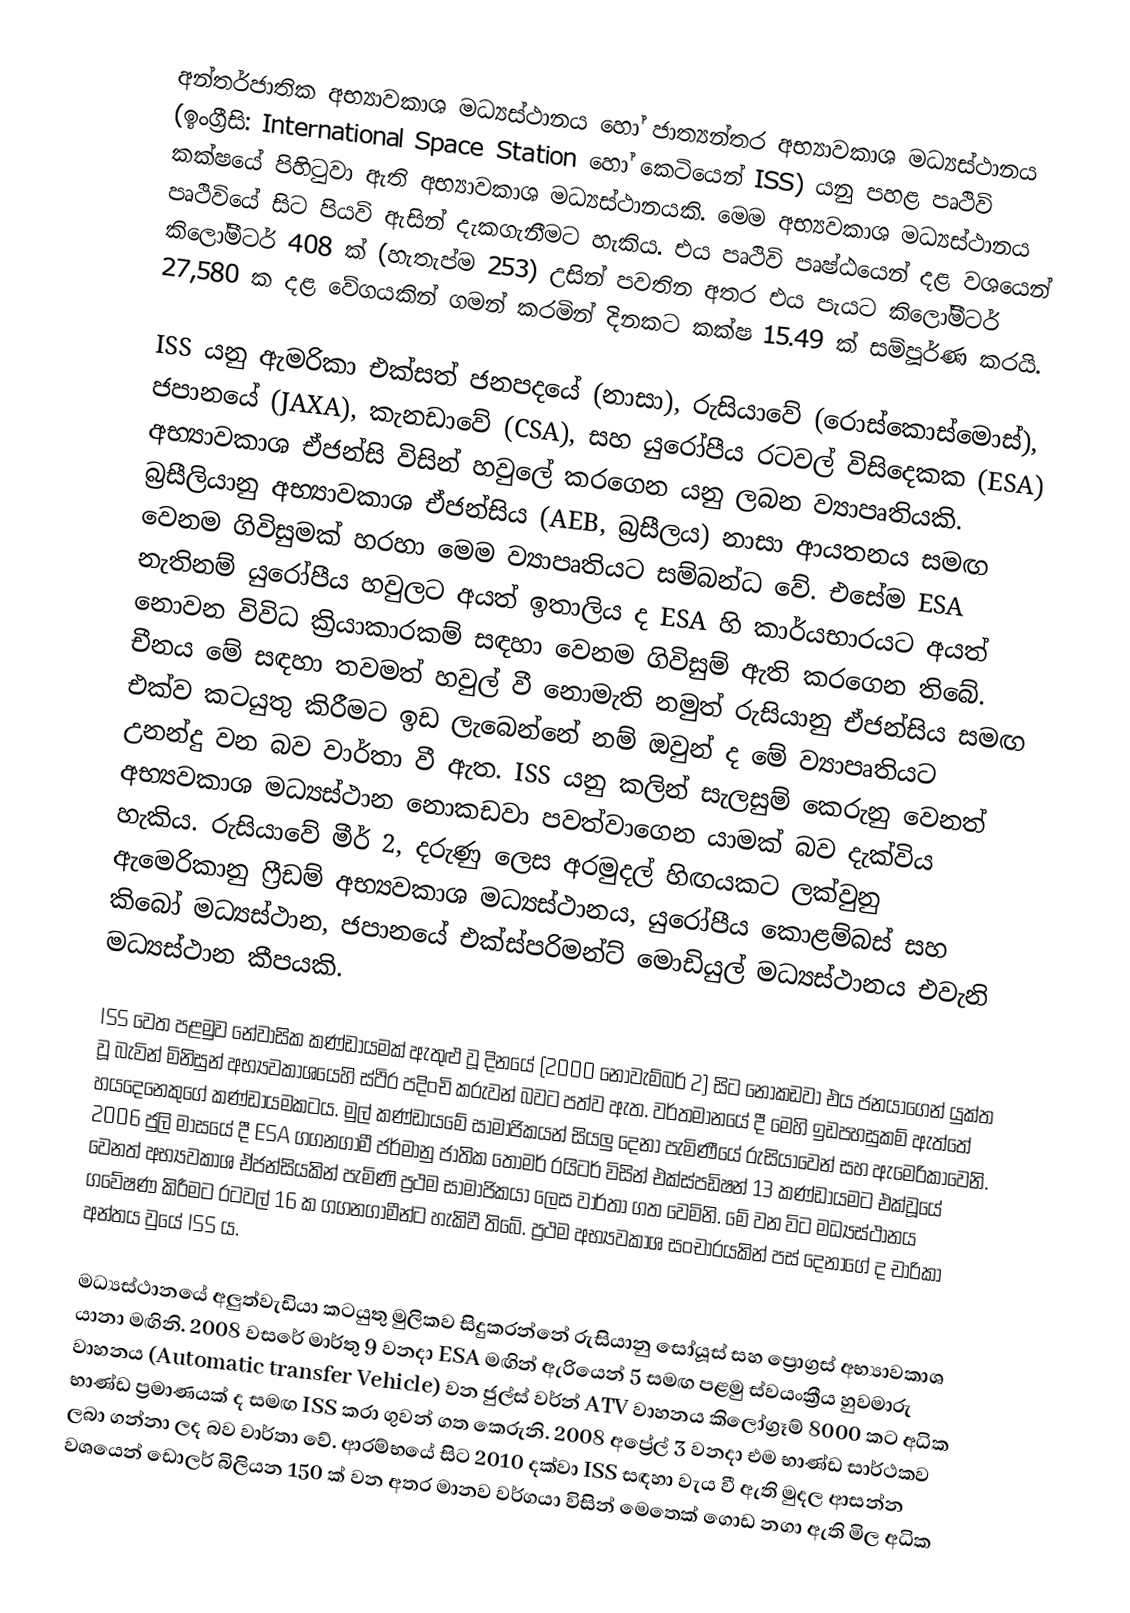
අන්තර්ජාතික අභ්‍යාවකාශ මධ්‍යස්ථානය හෝ ජාත්‍යන්තර අභ්‍යාවකාශ මධ්‍යස්ථානය (ඉංග්‍රීසි: International Space Station හෝ කෙටියෙන් ISS) යනු පහළ පෘථිවි කක්ෂයේ පිහිටුවා ඇති අභ්‍යාවකාශ මධ්‍යස්ථානයකි. මෙම අභ්‍යවකාශ මධ්‍යස්ථානය පෘථිවියේ සිට පියවි ඇසින් ‍දැකගැනීමට හැකිය. එය පෘථිවි පෘෂ්ඨයෙන් දළ වශයෙන් කිලෝමීටර් 408 ක් (හැතැප්ම 253) උසින් පවතින අතර එය පැයට කිලෝමීටර් 27,580 ක දළ වේගයකින් ගමන් කරමින් දිනකට කක්ෂ 15.49 ක් සම්පූර්ණ කරයි.

ISS යනු ඇමරිකා එක්සත් ජනපදයේ (නාසා), රුසියාවේ (රොස්කොස්මොස්), ජපානයේ (JAXA), කැනඩාවේ (CSA), සහ යුරෝපීය රටවල් විසිදෙකක (ESA) අභ්‍යාවකාශ ඒජන්සි විසින් හවුලේ කරගෙන යනු ලබන ව්‍යාපෘතියකි. බ්‍රසීලියානු අභ්‍යාවකාශ ඒජන්සිය (AEB, බ්‍රසීලය) නාසා ආයතනය සමඟ වෙනම ගිවිසුමක් හරහා මෙම ව්‍යාපෘතියට සම්බන්ධ වේ. එසේම ESA නැතිනම් යුරෝපීය හවුලට අයත් ඉතාලිය ද ESA හි කාර්යභාරයට අයත් නොවන විවිධ ක්‍රියාකාරකම් සඳහා වෙනම ගිවිසුම් ඇති කරගෙන තිබේ. චීනය මේ සඳහා තවමත් හවුල් වී නොමැති නමුත් රුසියානු ඒජන්සිය සමඟ එක්ව කටයුතු කිරීමට ඉඩ ලැබෙන්නේ නම් ඔවුන් ද මේ ව්‍යාපෘතියට උනන්දු වන බව වාර්තා වී ඇත. ISS යනු කලින් සැලසුම් කෙරුනු වෙනත් අභ්‍යවකාශ මධ්‍යස්ථාන ‍නොකඩවා පවත්වාගෙන යාමක් බව දැක්විය හැකිය. රුසියාවේ මීර් 2, දරුණු ලෙස අරමුදල් හිඟයකට ලක්වුනු ඇමෙරිකානු ෆ්‍රීඩම් අභ්‍යවකාශ මධ්‍යස්ථානය, යුරෝපීය කොළම්බස් සහ කිබෝ මධ්‍යස්ථාන, ජපානයේ එක්ස්පරිමන්ට් මොඩියුල් මධ්‍යස්ථානය එවැනි මධ්‍යස්ථාන කීපයකි.

ISS වෙත පළමුව නේවාසික කණ්ඩායමක් ඇතුළු වූ දිනයේ (2000 නොවැම්බර් 2) සිට නොකඩවා එය ජනයාගෙන් යුක්ත වූ බැවින් මිනිසුන් අභ්‍යවකාශයෙහි ස්ථිර පදිංචි කරුවන් බවට පත්ව ඇත. වර්තමානයේ දී මෙහි ඉඩපහසුකම් ඇත්තේ හයදෙනෙකුගේ කණ්ඩායමකටය. මුල් කණ්ඩායමේ සාමාජිකයන් සියලු දෙනා පැමිණීයේ රුසියාවෙන් සහ ඇමෙරිකාවෙනි. 2006 ජුලි මාසයේ දී  ESA ගගනගාමී ජර්මානු ජාතික තෝමර් රයිටර් විසින් එක්ස්පඩිෂන් 13 කණ්ඩායමට එක්වූයේ වෙනත් අභ්‍යවකාශ ඒජන්සියකින් පැමිණි ප්‍රථම සාමාජිකයා ලෙස වාර්තා ගත වෙමිනි. මේ වන විට මධ්‍යස්ථානය ගවේෂණ කිරීමට රටවල් 16 ක ගගනගාමීන්ට හැකිවී තිබේ. ප්‍රථම අභ්‍යවකාශ සංචාරයකින් පස් දෙනාගේ ද චාරිකා අන්තය වුයේ ISS ය.

මධ්‍යස්ථානයේ අලුත්වැඩියා කටයුතු මුලිකව සිදුකරන්නේ රුසියානු සෝයූස් සහ ප්‍රොග්‍රස් අභ්‍යාවකාශ යානා මඟිනි. 2008 වසරේ මාර්තු 9 වනදා ESA මඟින් ඇ‍රියෙන් 5 සමඟ පළමු ස්වයංක්‍රීය හුවමාරු වාහනය (Automatic transfer Vehicle) වන ජුල්ස් වර්න් ATV වාහනය කිලෝග්‍රෑම් 8000 කට අධික භාණ්ඩ ප්‍රමාණයක් ද සමඟ  ISS කරා ගුවන් ගත කෙරුනි. 2008 අප්‍රේල් 3 වනදා එම භාණ්ඩ සාර්ථකව ලබා ගන්නා ලද බව වාර්තා වේ. ආරම්භයේ සිට 2010 දක්වා ISS සඳහා වැය වී ඇති මුදල ආසන්න වශයෙන් ඩොලර් බිලියන 150 ක් වන අතර මානව වර්ගයා විසින් මෙතෙක් ගොඩ නගා ඇති මිල අධික